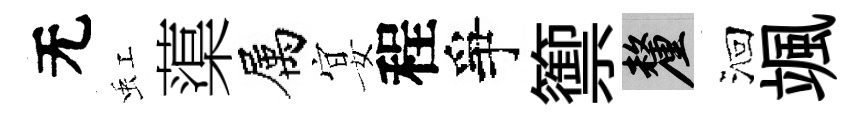
无虹蕖属宴程爭籞厘洄颯